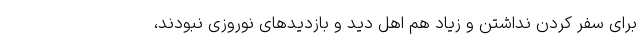
برای سفر کردن نداشتن و زیاد هم اهل دید و بازدیدهای نوروزی نبودند،